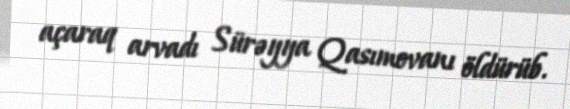
açaraq arvadı Sürəyya Qasımovanı öldürüb.